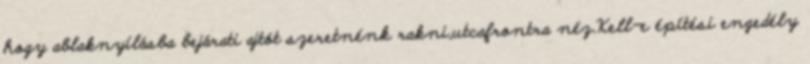
hogy ablaknyílásba bejárati ajtót szeretnénk rakni,utcafrontra néz.Kell-e építési engedély